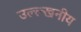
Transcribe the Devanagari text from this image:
उल्ल्खनीय